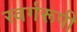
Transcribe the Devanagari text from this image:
स्वर्गरूपी